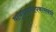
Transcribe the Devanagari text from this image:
वायुदाबमापकांसंबंधी